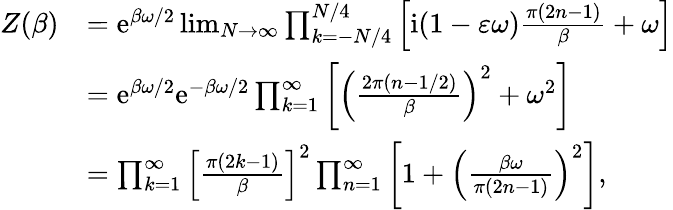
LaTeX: \begin{array}{rl}{Z(\beta)}&{=\mathrm{e}^{\beta\omega/2}\operatorname*{lim}_{N\rightarrow\infty}\prod_{k=-N/4}^{N/4}\left[\mathrm{i}(1-\varepsilon\omega)\frac{\pi(2n-1)}{\beta}+\omega\right]}\\ &{=\mathrm{e}^{\beta\omega/2}\mathrm{e}^{-\beta\omega/2}\prod_{k=1}^{\infty}\left[\left(\frac{2\pi(n-1/2)}{\beta}\right)^{2}+\omega^{2}\right]}\\ &{=\prod_{k=1}^{\infty}\left[\frac{\pi(2k-1)}{\beta}\right]^{2}\prod_{n=1}^{\infty}\left[1+\left(\frac{\beta\omega}{\pi(2n-1)}\right)^{2}\right],}\end{array}